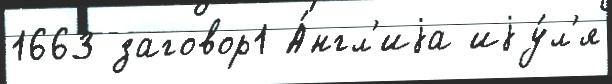
1663 заговор1 А́нгл'иjа иjу́л'я